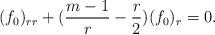
LaTeX: \begin{align*}(f_0)_{rr} + (\frac{m-1}{r} - \frac{r}{2})(f_0)_r = 0.\end{align*}